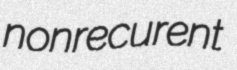
nonrecurent